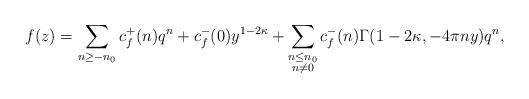
LaTeX: \begin{align*}f(z)=\sum_{n\geq -n_0} c_f^+(n) q^{n} + c_f^-(0) y^{1-2\kappa} +\sum_{\substack{n\leq n_0\\ n\neq 0}} c_f^-(n) \Gamma(1-2\kappa,-4\pi ny) q^{n},\end{align*}